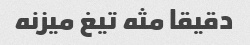
دقیقا مثه تیغ میزنه